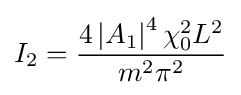
I_{2}={\frac {4\left|A_{1}\right|^{4}\chi _{0}^{2}L^{2}}{m^{2}\pi ^{2}}}